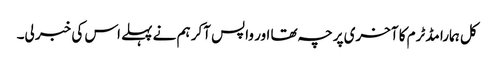
کل ہمارا مڈٹرم کا آخری پرچہ تھا اور واپس آکر ہم نے پہلے اس کی خبر لی۔